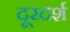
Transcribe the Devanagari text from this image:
दूरदर्श